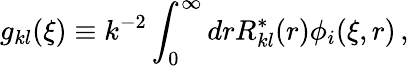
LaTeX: g_{kl}(\xi)\equiv k^{-2}\int_{0}^{\infty}drR_{kl}^{*}(r)\phi_{i}(\xi,r)\, ,